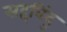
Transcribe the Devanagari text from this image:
सद्दबिंदु